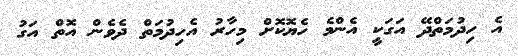
އެ ހިދުމަތްދޭ އަގަކީ އެންމެ ހެޔޮކޮށް މިހާރު އެހިދުމަތް ދެވެން އޮތް އަގު